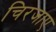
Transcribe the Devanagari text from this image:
चिरजाए